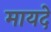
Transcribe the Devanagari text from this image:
मायदे